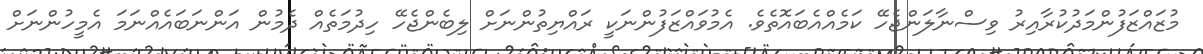
މުޒައްޒަފުންމަދުކުރާއިރު ވިސްނާލަންޖެހޭ ކަމެއްއެބައޮތެވެ. އެމުވައްޒަފުންނަކީ ރައްޔިތުންނަށް ލިބެންޖެހޭ ހިދުމަތެއް ދެމުން އަންނަބައެއްނަމަ އެމީހުންނަށް